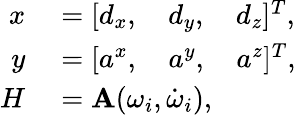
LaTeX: \begin{array}{rl}{x}&{{}=[d_{x},\quad d_{y},\quad d_{z}]^{T},}\\ {y}&{{}=[a^{x},\quad a^{y},\quad a^{z}]^{T},}\\ {H}&{{}=\mathbf{A}(\omega_{i},\dot{\omega}_{i}),}\end{array}